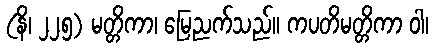
(နိ၊ ၂၂၅) မတ္တိကာ၊ မြေညက်သည်။ ကပတိမတ္တိကာ ဝါ၊